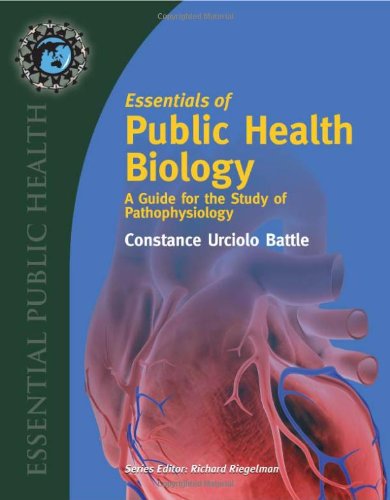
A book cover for Essentials Of Public Health Biology: A Guide For The Study Of Pathophysiology; Constance U. Battle; Medical Books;